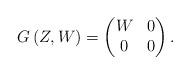
LaTeX: \begin{align*}G\left(Z,W\right)=\begin{pmatrix} W & 0 \\ 0& 0\end{pmatrix}.\end{align*}